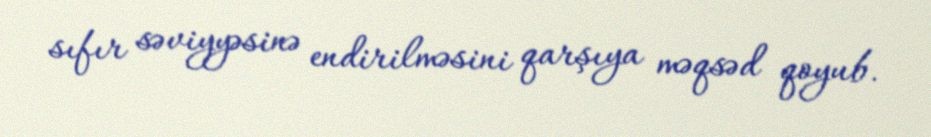
sıfır səviyyəsinə endirilməsini qarşıya məqsəd qoyub.